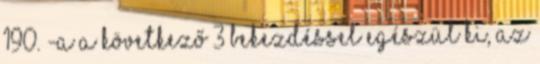
190. -a a következő 3 bekezdéssel egészül ki, AZ